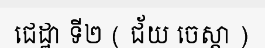
ជេដ្ឋា ទី២ ( ជ័យ ចេស្តា )